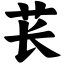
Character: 苌